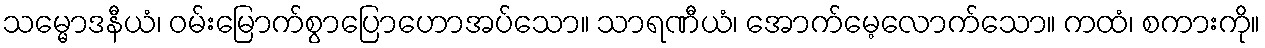
သမ္မောဒနီယံ၊ ဝမ်းမြောက်စွာပြောဟောအပ်သော။ သာရဏီယံ၊ အောက်မေ့လောက်သော။ ကထံ၊ စကားကို။